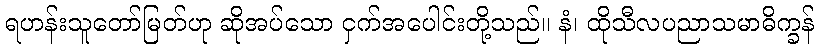
ရဟန်းသူတော်မြတ်ဟု ဆိုအပ်သော ငှက်အပေါင်းတို့သည်။ နံ၊ ထိုသီလပညာသမာဓိက္ခန်